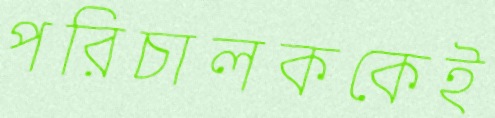
পরিচালককেই